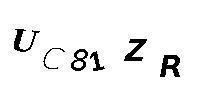
UC81ZR